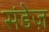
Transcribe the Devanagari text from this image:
संडेज़